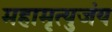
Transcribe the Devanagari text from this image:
महामृत्युजंय